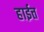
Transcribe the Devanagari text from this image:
हाईत्त